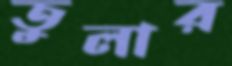
তুলার